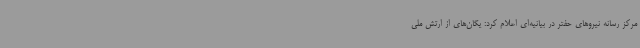
مرکز رسانه نیروهای حفتر در بیانیه‌ای اعلام کرد: یگان‌های از ارتش ملی